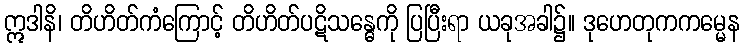
ဣဒါနိ၊ တိဟိတ်ကံကြောင့် တိဟိတ်ပဋိသန္ဓေကို ပြပြီးရာ ယခုအခါ၌။ ဒုဟေတုကကမ္မေန